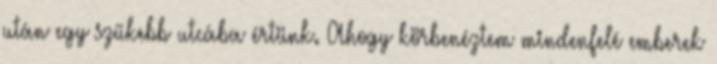
után egy szűkebb utcába értünk. Ahogy körbenéztem mindenfelé emberek